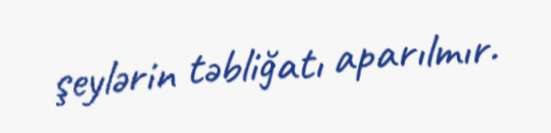
şeylərin təbliğatı aparılmır.